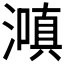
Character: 𬉌